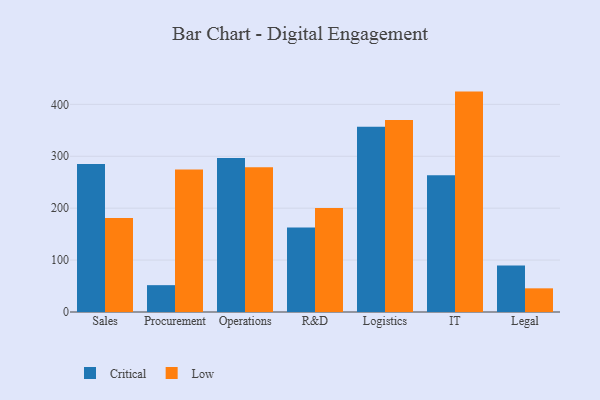
{"axis": {"x": "Department", "y": "Tickets Resolved"}, "legend": ["Critical", "Low"], "data": [{"x": "Sales", "y": 285.0, "type": "Critical"}, {"x": "Sales", "y": 180.9, "type": "Low"}, {"x": "Procurement", "y": 51.7, "type": "Critical"}, {"x": "Procurement", "y": 274.7, "type": "Low"}, {"x": "Operations", "y": 296.9, "type": "Critical"}, {"x": "Operations", "y": 278.8, "type": "Low"}, {"x": "R&D", "y": 163.0, "type": "Critical"}, {"x": "R&D", "y": 200.5, "type": "Low"}, {"x": "Logistics", "y": 356.7, "type": "Critical"}, {"x": "Logistics", "y": 370.0, "type": "Low"}, {"x": "IT", "y": 263.5, "type": "Critical"}, {"x": "IT", "y": 424.6, "type": "Low"}, {"x": "Legal", "y": 89.5, "type": "Critical"}, {"x": "Legal", "y": 45.6, "type": "Low"}]}